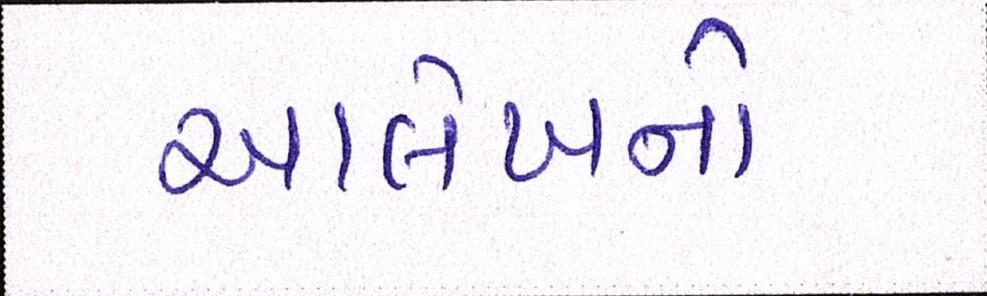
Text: આલેખનો